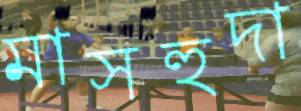
মাসহুদা